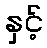
နှင့်